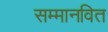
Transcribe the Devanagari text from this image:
सम्मानवित